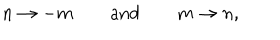
n \rightarrow - m \qquad \mathrm { a n d } \qquad m \rightarrow n ,